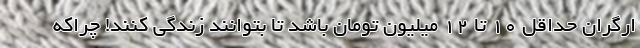
ارگران حداقل ۱۰ تا ۱۲ میلیون تومان باشد تا بتوانند زندگی کنند! چراکه